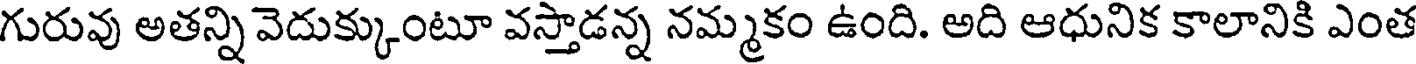
గురువు అతన్ని వెదుక్కుంటూ వస్తాడన్న నమ్మకం ఉంది. అది ఆధునిక కాలానికి ఎంత